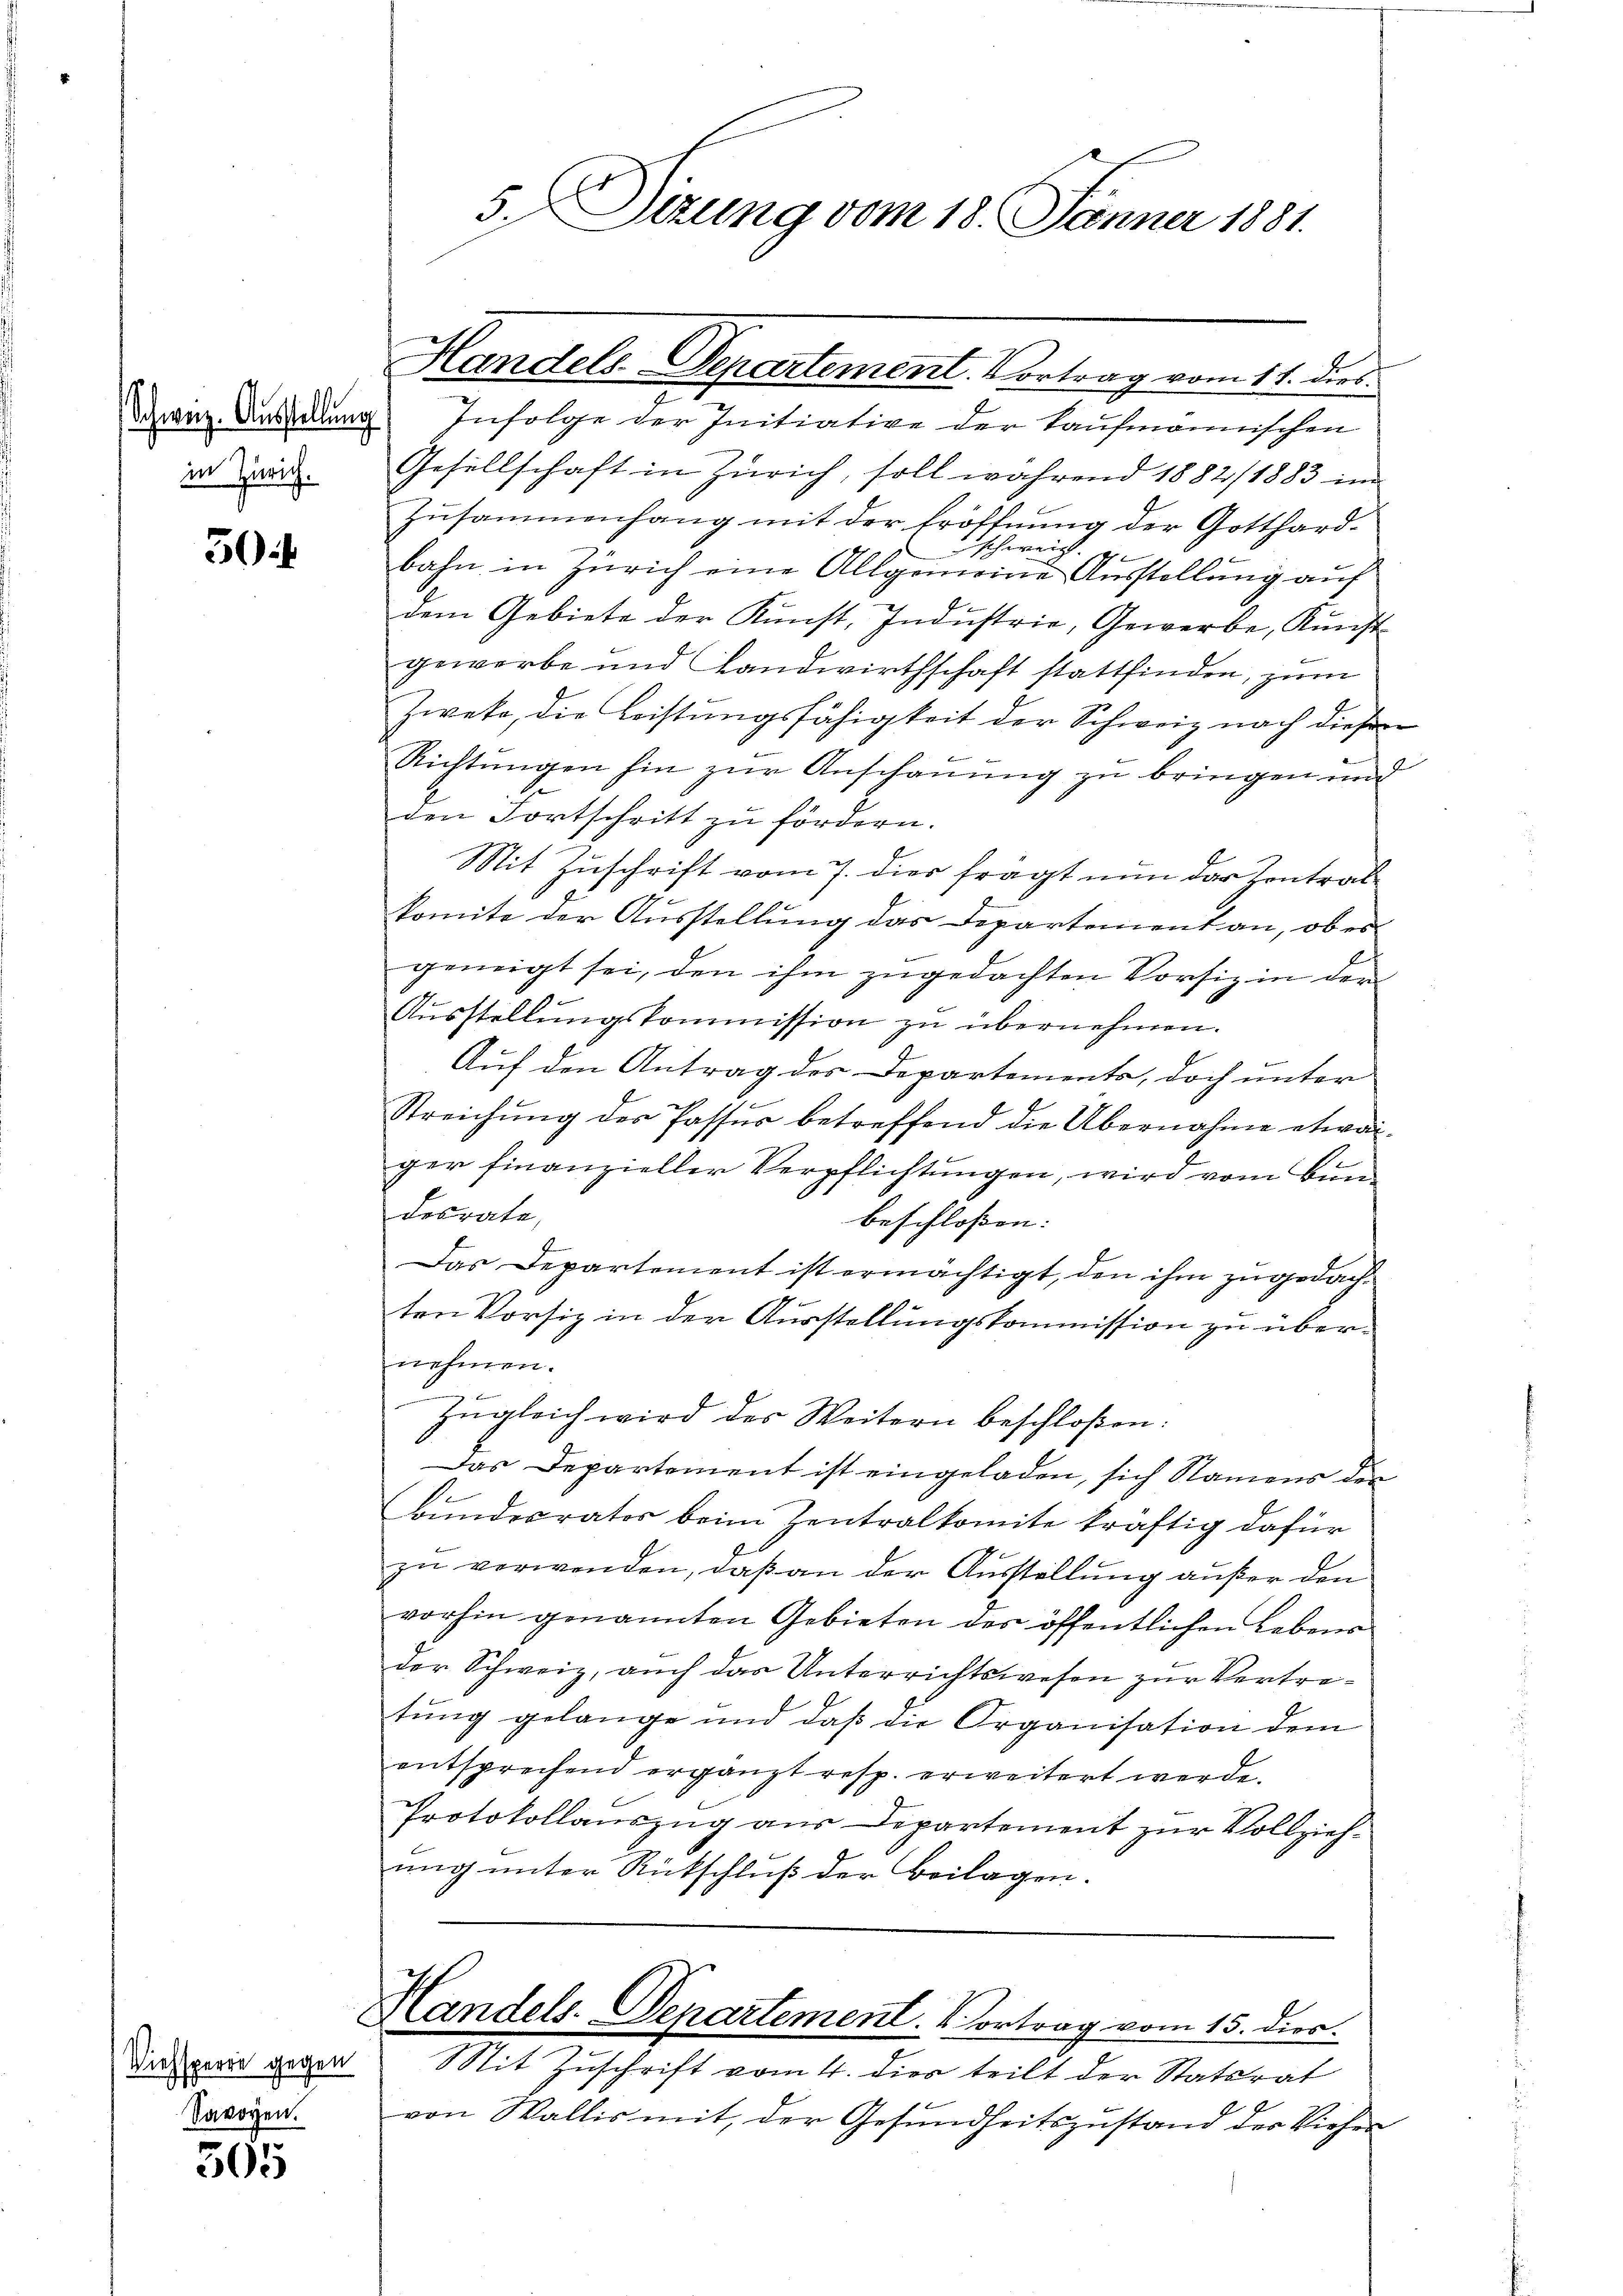
in Zürich.

3

Viehsperre gegen
Savoyen.

565

Franz. Ansehung Infolge der Initiative der Kaufmannischen
Gesellschaft in Zürich, soll während 1882/1883 im
Zusammenhang mit der Eröffnung der Gotthard-
hereit.  |
A
bahn in Zürich eine Allgemeine Ausstellung auf
dem Gebiete der Kunst, Industrie, Gewerbe, Kunst
geworbe und Landwirthschaft stattfinden, zum
Zweke, die Leistungsfähigkeit der Schweiz nach diesen
Richtungen hin zur Anschauung zu bringen und
den Fortschritt zu fördern.
Mit Zuschrift vom 7. dies frägt nun das Zentrat
komite der Ausstellung das Departement an, ob es
geneigt sei, den ihm zŭgedachten Vorsiz in der
Aŭsstellŭngskommission zu übernehmen.
.
Auf den Antrag des Departements, doch unter
Streichung der Passur betreffend die Übernahme etwas
ger finanzieller Verpflichtungen, wird vom Bundesrate,
beschloßen: |
Das Departement ist ermächtigt, den ihm zŭgedachten Vorsiz in der Ausstellungskommission zu übernehmen.

Ingleich wird des Weitern beschloßen:
Das Departement ist eingeladen, sich Namens der
Bundesrator beim Zentralkomite kräftig dafür
zu verwenden, daß an der Ausstellung außer den
vorhin genannten Gebieten des öffentlichen Lebens
der Schweiz, auch das Unterrichtswesen zur Vertretung gelange und daß die Organisation dem
entsprechend ergänzt resp. erweitert werde.
Protokollauszug aus Departement zur Vollziehung unter Rückschluß der Beilagen.

5. Dirung vom 18. Jänner 1881.

Handels-Departement. Vortrag vom 11. dies

Handels. Departement. Vortrag vom 15. dies
Mit Zuschrift vom 4. dies teilt der Statsrat

von Wallis mit, der Gesundheitszustand der Viehen